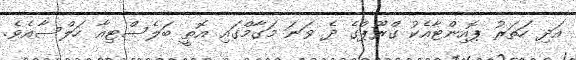
އަދި ހަތަރު ޕޮއިންޓާއެކު ގްރޫޕްގެ ދެ ވަނަ މަގާމްގައި އޮތީ ބަލެސްޓިއާ ހަލްސާއެވެ.